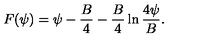
F ( \psi ) = \psi - { \frac { B } { 4 } } - { \frac { B } { 4 } } \ln { \frac { 4 \psi } { B } } .